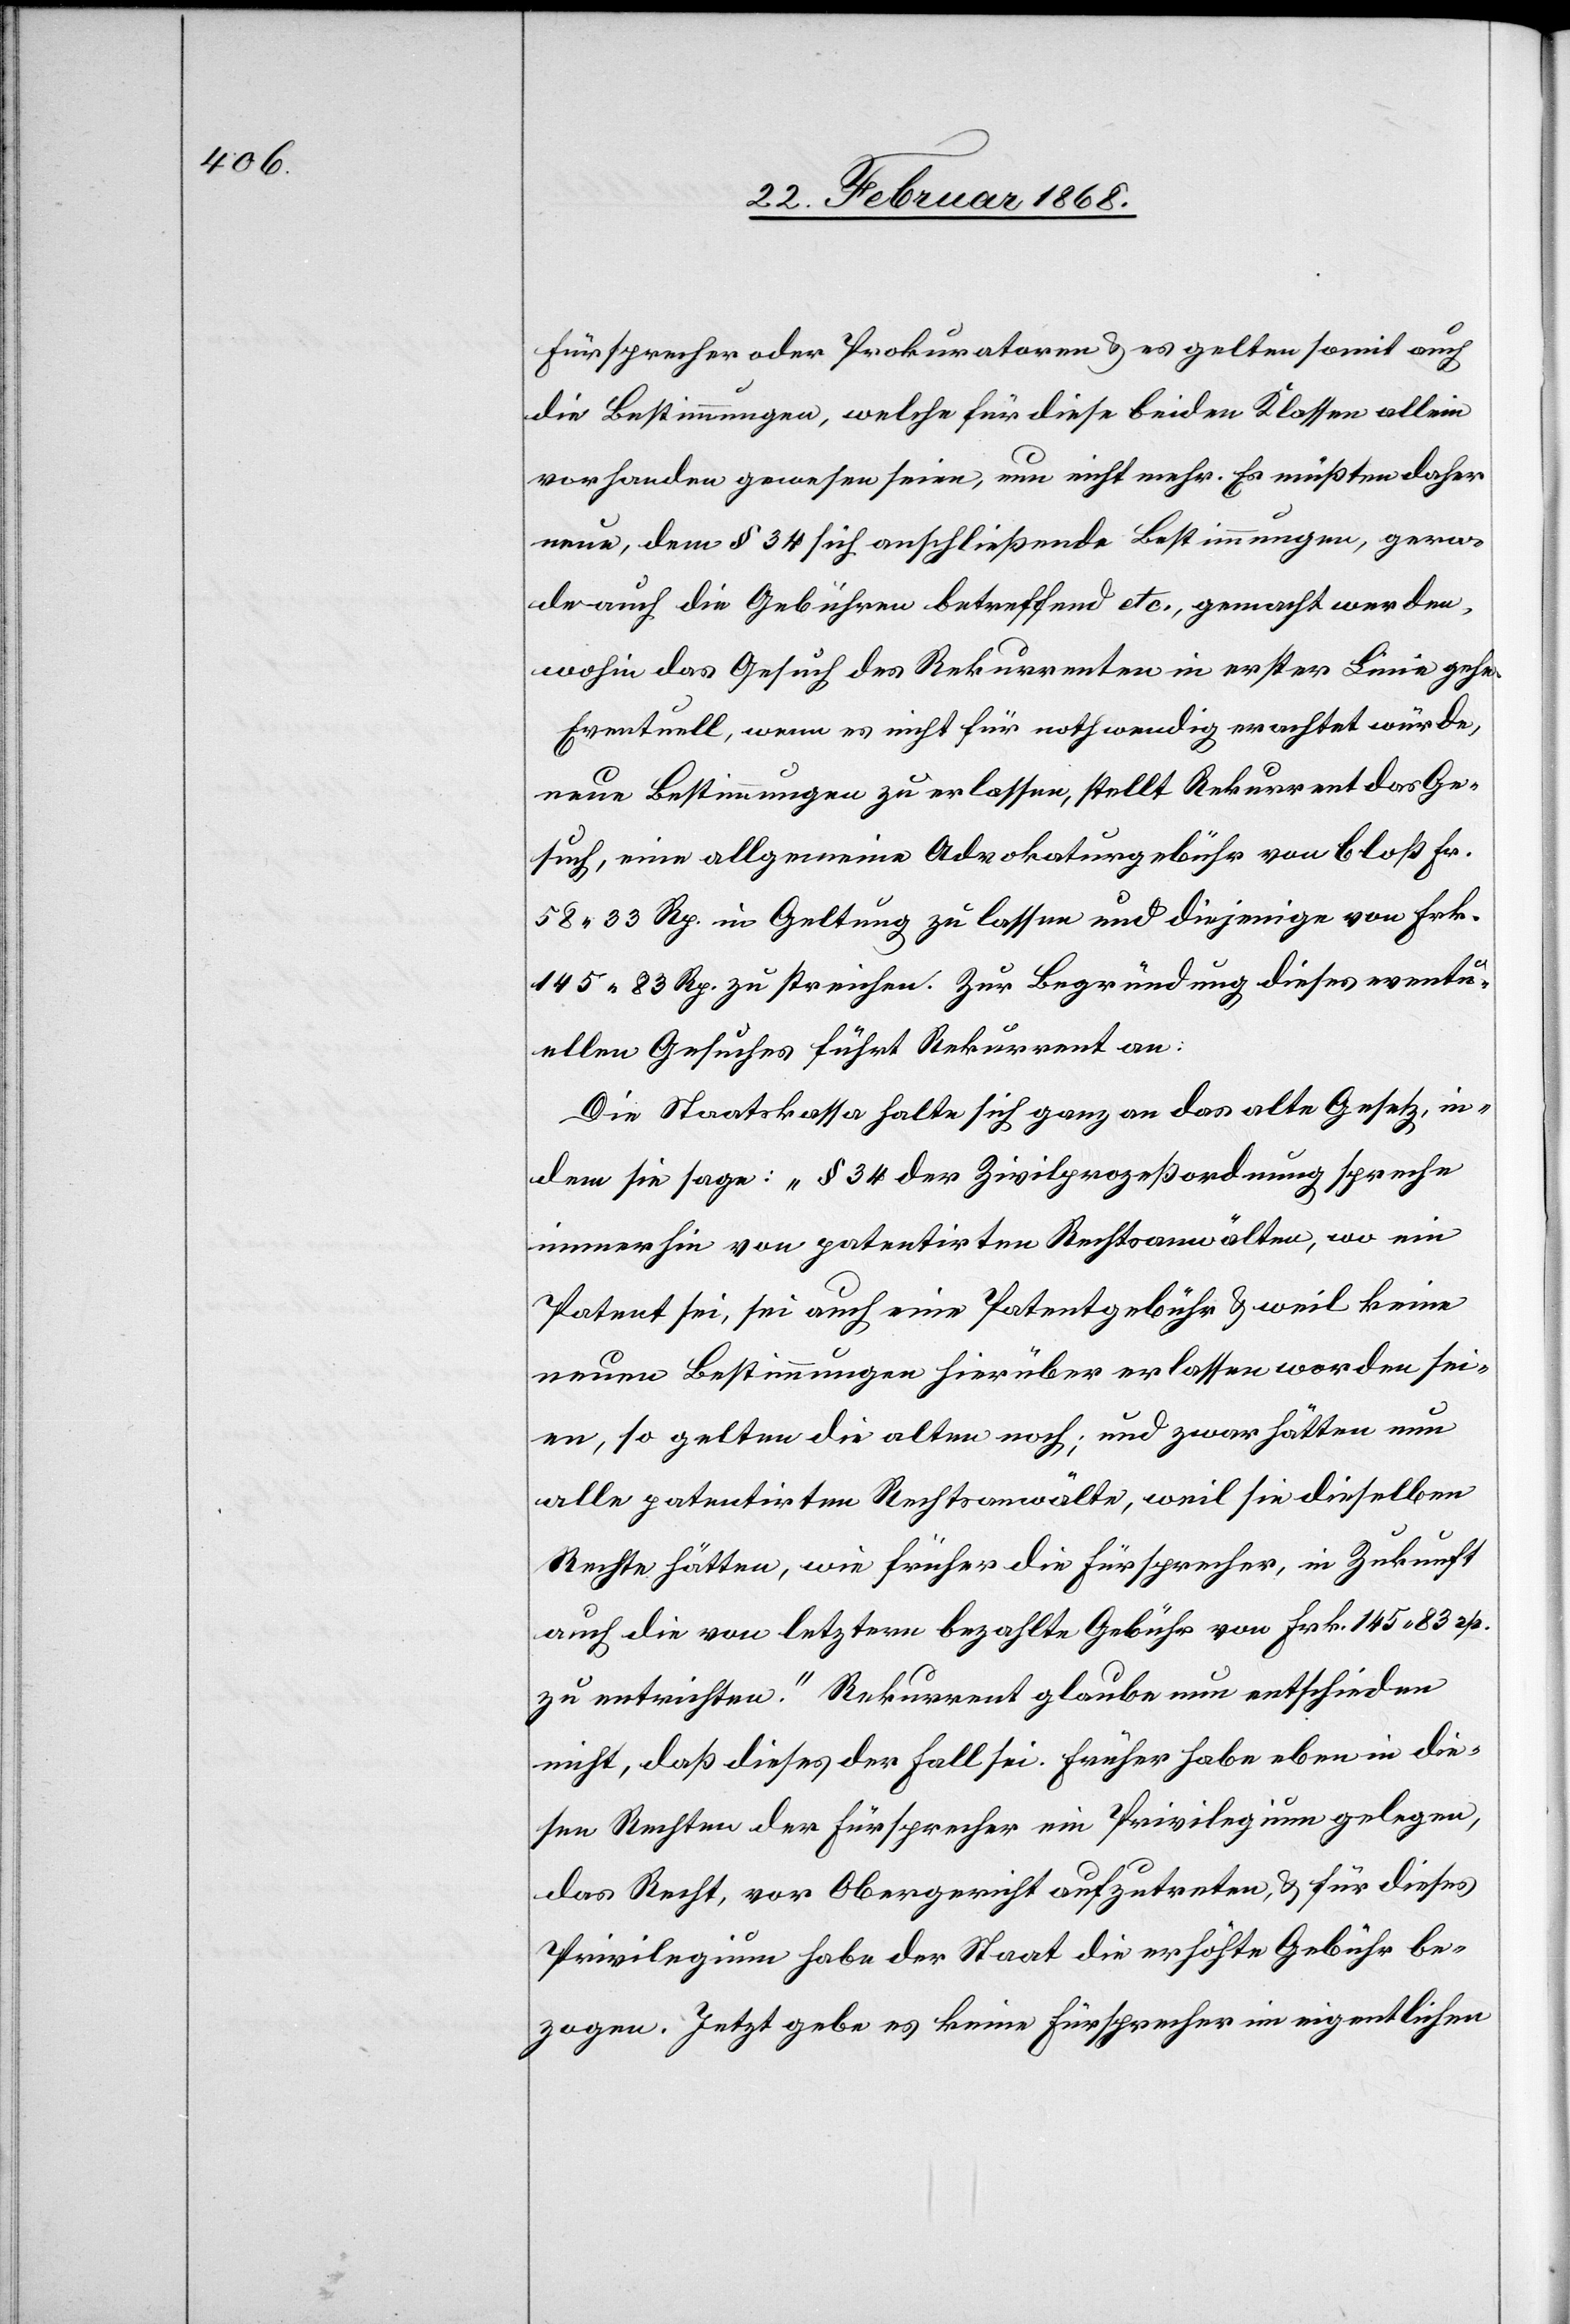
Fürsprecher oder Prokuratoren & es gelten somit auch
die Bestimmungen, welche für diese beiden Klassen allein
vorhanden gewesen seien, nun nicht mehr. Es müßten daher
neue, dem § 34 sich anschließende Bestimmungen, gera¬
de auch die Gebühren betreffend etc., gemacht werden,
wohin das Gesuch des Rekurrenten in erster Linie gehe.
Eventuell, wenn es nicht für nothwendig erachtet würde,
neue Bestimmungen zu erlassen, stellt Rekurrent das Ge¬
such, eine allgemeine Advokaturgebühr von bloß Fr.
58. 33 Rp. in Geltung zu lassen und diejenige von Frk.
145. 83 Rp. zu streichen. Zur Begründung dieses eventu¬
ellen Gesuches führt Rekurrent an:
Die Staatskassa halte sich ganz an das alte Gesetz, in¬
dem sie sage: „§ 34 der Zivilprozeßordnung spreche
immerhin von patentirten Rechtsanwälten, wo ein
Patent sei, sei auch eine Patentgebühr & weil keine
neuen Bestimmungen hierüber erlassen worden sei¬
en, so gelten die alten noch; und zwar hätten nun
alle patentirten Rechtsanwälte, weil sie dieselben
Rechte hätten, wie früher die Fürsprecher, in Zukunft
auch die von letztern bezahlte Gebühr von Frk. 145. 83 rp.
zu entrichten.“ Rekurrent glaube nun entschieden
nicht, daß dieses der Fall sei. Früher habe eben in die¬
sen Rechten der Fürsprecher ein Privilegium gelegen,
das Recht, vor Obergericht aufzutreten, & für dieses
Privilegium habe der Staat die erhöhte Gebühr be¬
zogen. Jetzt gebe es keine Fürsprecher im eigentlichen